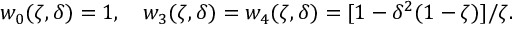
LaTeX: w _ { 0 } ( \zeta , \delta ) = 1 , \quad w _ { 3 } ( \zeta , \delta ) = w _ { 4 } ( \zeta , \delta ) = [ 1 - \delta ^ { 2 } ( 1 - \zeta ) ] / \zeta .